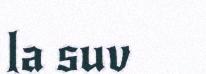
la suv